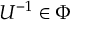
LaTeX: U ^ { - 1 } \in \Phi